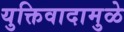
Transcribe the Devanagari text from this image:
युक्तिवादामुळे